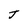
Character: J